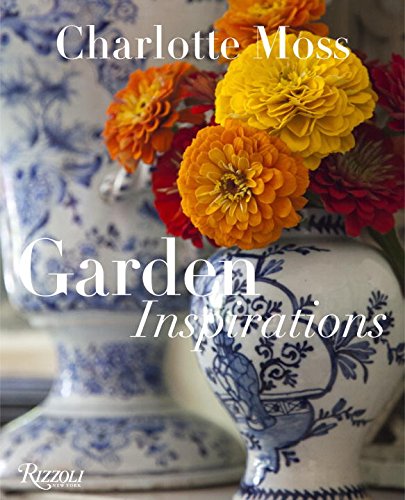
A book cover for Charlotte Moss: Garden Inspirations; Charlotte Moss; Crafts, Hobbies & Home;